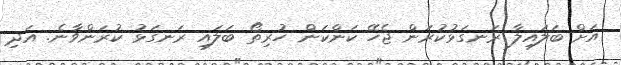
އަށް ބަލައިލާ ރަނގަޅުކުރަން ޖެހޭ ކަންކަން ހުރިތޯ ބަލައި ރަނގަޅު ކުރަންވާނެ. އަދި